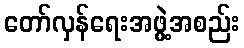
တော်လှန်ရေးအဖွဲ့အစည်း